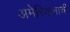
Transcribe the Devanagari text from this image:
अमेरिकनाची